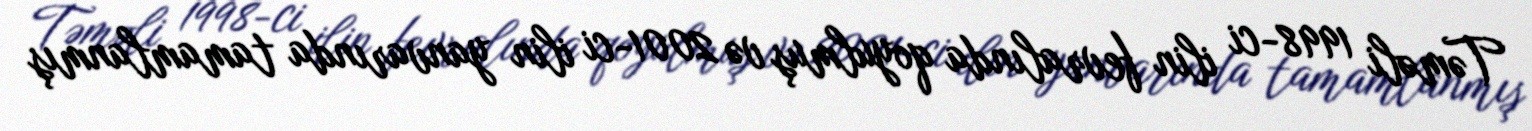
Təməli 1998-ci ilin fevralında qoyulmuş və 2001-ci ilin yanvarında tamamlanmış